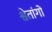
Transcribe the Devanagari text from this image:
श्वेतांगों